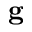
\mathbf { g }